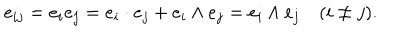
e _ { i j } = e _ { i } e _ { j } = e _ { i } \cdot e _ { j } + e _ { i } \wedge e _ { j } = e _ { i } \wedge e _ { j } \, \, \, \, \, \, ( i \neq j ) .